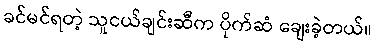
ခင်မင်ရတဲ့ သူငယ်ချင်းဆီက ပိုက်ဆံ ချေးခဲ့တယ်။